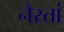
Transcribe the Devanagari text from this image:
नैस्तां